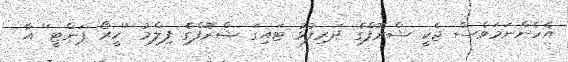
އެހެންނަމަވެސް ޖެކީ ޝްރޮފްގެ ދަރިފުޅު ޓައިގަ ޝްރޮފްގެ ފިލްމު ''ހީރޯ ޕަންޓީ'' އާ